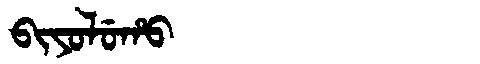
Manchu: ᠪᡳᠶᠣᠯᡠᡥᠣ
Romanization: BIYOLUHO